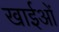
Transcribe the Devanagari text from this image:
खाईओं